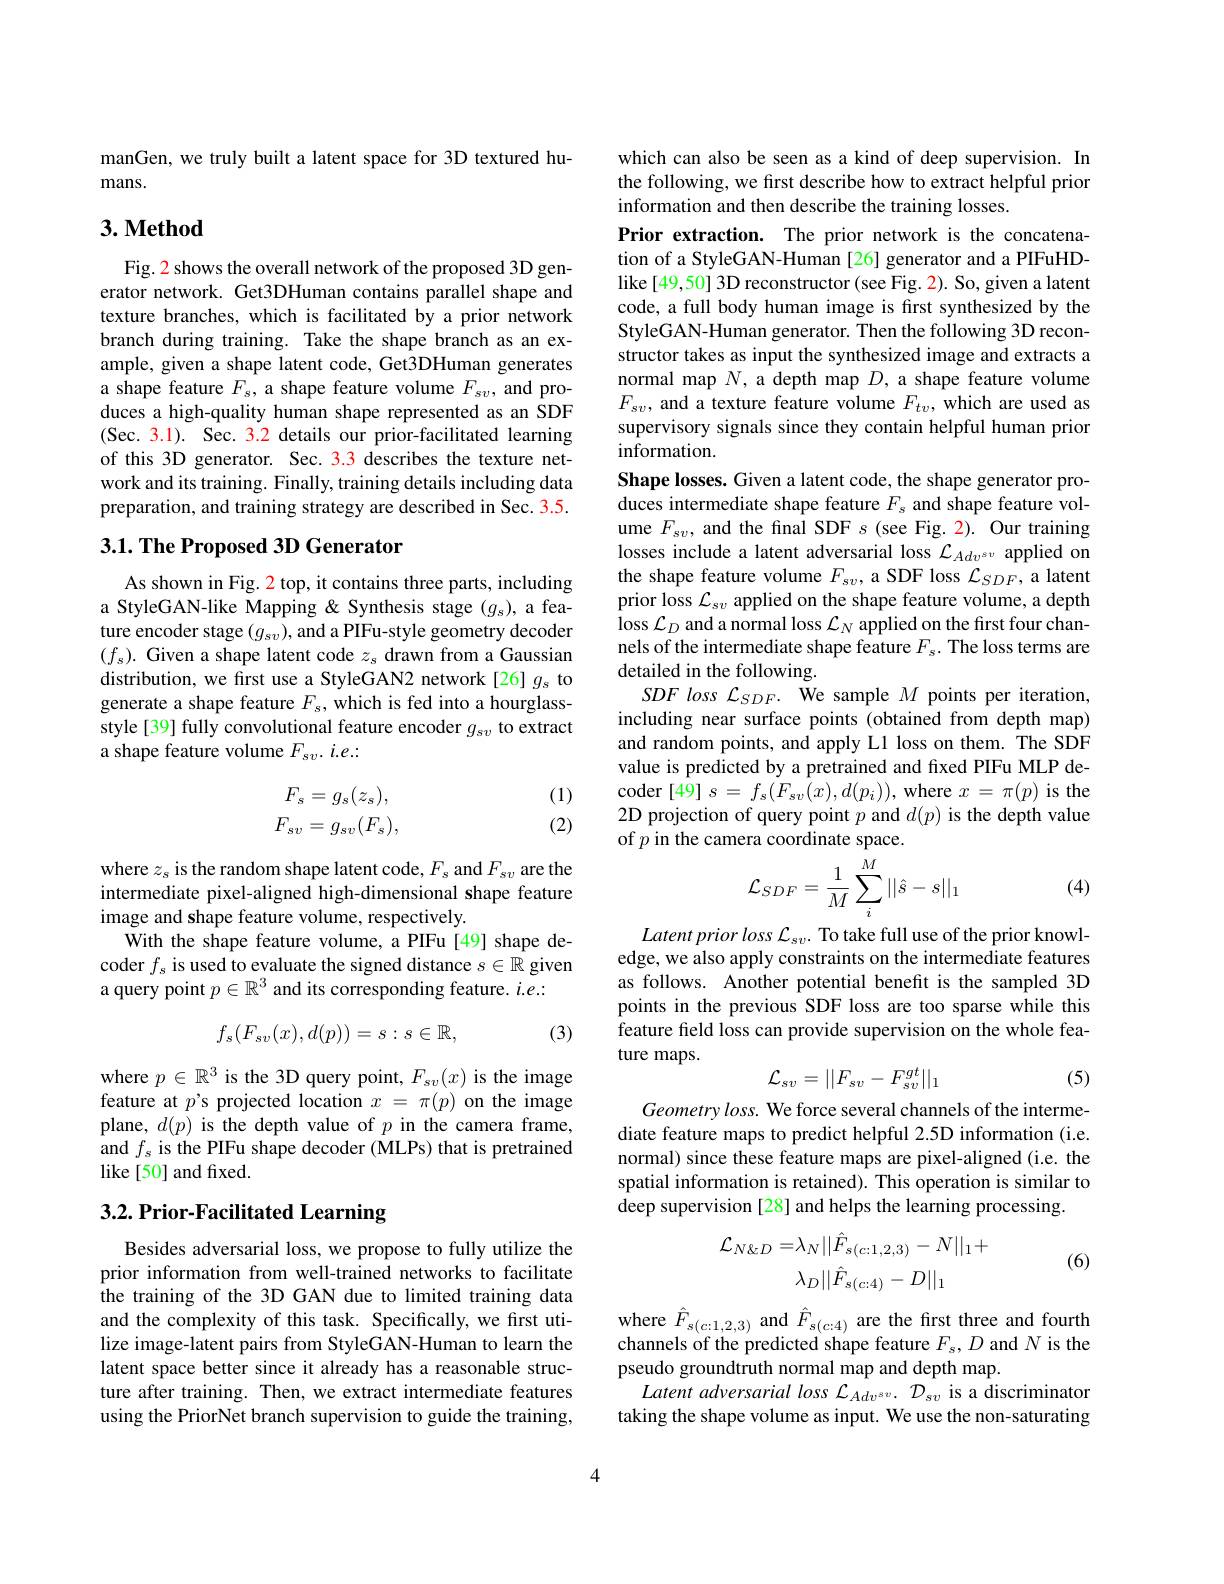
manGen, we truly built a latent space for 3D textured hu-
mans.

## 3. Method

Fig. 2 shows the overall network of the proposed 3D generator network. Get3DHuman contains parallel shape and texture branches, which is facilitated by a prior network branch during training. Take the shape branch as an example, given a shape latent code, Get3DHuman generates a shape feature $F_s$, a shape feature volume $F_{sv}$, and produces a high-quality human shape represented as an SDF (Sec. 3.1). Sec. 3.2 details our prior-facilitated learning of this 3D generator. Sec. 3.3 describes the texture network and its training. Finally, training details including data preparation, and training strategy are described in Sec. 3.5.

## $3. 1. \textbf{The Proposed 3D Generator}$

As shown in Fig. 2 top, it contains three parts, including a StyleGAN-like Mapping & Synthesis stage $(g_s)$, a feature encoder stage $(g_sv)$,and a PIFu-style geometry decoder $(f_s).$ Given a shape latent code $z_s$ drawn from a Gaussian distribution, we first use a StyleGAN2 network[26] $g_\mathrm{s}$ to generate a shape feature $F_s$, which is fed into a hourglassstyle[39] fully convolutional feature encoder $g_{sv}$ to extract a shape feature volume $F_{sv}.i.e.$

(1)
$$F_{s}=g_{s}(z_{s}),\\F_{sv}=g_{sv}(F_{s}),$$
(2)

where $z_s$ is the random shape latent code, $F_s$ and $F_sv$ are the intermediate pixel-aligned high-dimensional shape feature image and shape feature volume, respectively.
With the shape feature volume, a PIFu [49] shape decoder $f_s$ is used to evaluate the signed distance $s\in\mathbb{R}$ given a query point $p\in\mathbb{R}^3$ and its corresponding feature. $i.e.:$

(3)
$$f_s(F_{sv}(x),d(p))=s:s\in\mathbb{R},$$
where $p\in\mathbb{R}^3$ is the 3D query point, $F_sv(x)$ is the image feature at $p’$s projected location $x=\pi(p)$ on the image plane, $d(p)$ is the depth value of $p$ in the camera frame, and $f_s$ is the PIFu shape decoder (MLPs) that is pretrained like[50] and fixed.

## 3.2. Prior- Facilitated Learning

Besides adversarial loss, we propose to fully utilize the prior information from well-trained networks to facilitate the training of the 3D GAN due to limited training data and the complexity of this task. Specifically, we first utilize image-latent pairs from StyleGAN-Human to learn the latent space better since it already has a reasonable structure after training. Then, we extract intermediate features using the PriorNet branch supervision to guide the training,

which can also be seen as a kind of deep supervision. In the following, we first describe how to extract helpful prior information and then describe the training losses.
Prior extraction. The prior network is the concatenation of a StyleGAN-Human [26] generator and a PIFuHDlike [49,50] 3D reconstructor (see Fig. 2). So, given a latent code, a full body human image is first synthesized by the StyleGAN-Human generator. Then the following 3D reconstructor takes as input the synthesized image and extracts a normal map $N$, a depth map $D$, a shape feature volume $F_{sv}$, and a texture feature volume $F_tv$, which are used as supervisory signals since they contain helpful human prior information.
Shape losses. Given a latent code, the shape generator produces intermediate shape feature $F_\mathrm{s}$ and shape feature volume $F_{sv}$, and the final SDF $s$ (see Fig. 2). Our training losses include a latent adversarial loss $\mathcal{L}_{Adv^{sv}}$ applied on the shape feature volume $F_sv$, a SDF loss $\mathcal{L}_SDF$, a latent prior loss $\mathcal{L}_sv$ applied on the shape feature volume, a depth loss $\mathcal{L}_D$ and a normal loss $\mathcal{L}_N$ applied on the first four channels of the intermediate shape feature $F_s.$ The loss terms are detailed in the following.
SDF loss $\mathcal{L}_SDF.$ We sample $M$ points per iteration, including near surface points (obtained from depth map) and random points, and apply L1 loss on them. The SDF value is predicted by a pretrained and fixed PIFu MLP decoder[49]$s=f_s(F_{sv}(x),d(p_{i}))$,where$x=\pi(p)$isthe 2D projection of query point $p$ and $d(p)$ is the depth value of $p$ in the camera coordinate space.
$$\mathcal{L}_{SDF}=\frac{1}{M}\sum_{i}^{M}||\hat{s}-s||_{1}$$
(4)

$Latentpriorloss\mathcal{L}_{sv}.$ To take full use of the prior knowledge, we also apply constraints on the intermediate features as follows. Another potential benefit is the sampled 3D points in the previous SDF loss are too sparse while this feature field loss can provide supervision on the whole feature maps.
$$\mathcal{L}_{sv}=||F_{sv}-F_{sv}^{gt}||_1$$
(5)

Geometry loss. We force several channels of the intermediate feature maps to predict helpful 2.5D information (i.e. normal) since these feature maps are pixel-aligned (i.e. the spatial information is retained). This operation is similar to deep supervision[28] and helps the learning processing.

(6)
$$\begin{aligned}\mathcal{L}_{N\&D}=&\lambda_N||\hat{F}_{s(c:1,2,3)}-N||_1+\\&\lambda_D||\hat{F}_{s(c:4)}-D||_1\end{aligned}$$
where $\hat{F}_{s(c:1,2,3)}$ and $\hat{F}_{s(c:4)}$ are the first three and fourth channels of the predicted shape feature $F_s,D$ and $N$ is the pseudo groundtruth normal map and depth map.
Latent adversarial loss $\mathcal{L}_{Adv^{sv}.}~\mathcal{D}_{sv}$ is a discriminator taking the shape volume as input. We use the non-saturating

4